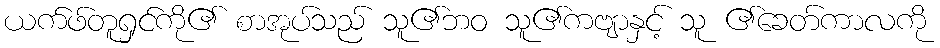
ယက်ဖ်တူရှင်ကို၏ စာအုပ်သည် သူ၏ဘဝ သူ၏ကဗျာနှင့် သူ ၏ခေတ်ကာလကို